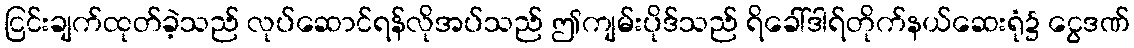
ငြင်းချက်ထုတ်ခဲ့သည် လုပ်ဆောင်ရန်လိုအပ်သည် ဤကျမ်းပိုဒ်သည် ရိခေါ်ဒါရ်တိုက်နယ်ဆေးရုံ၌ ငွေဒဏ်